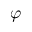
\varphi